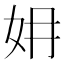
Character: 㚩